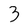
Character: 3